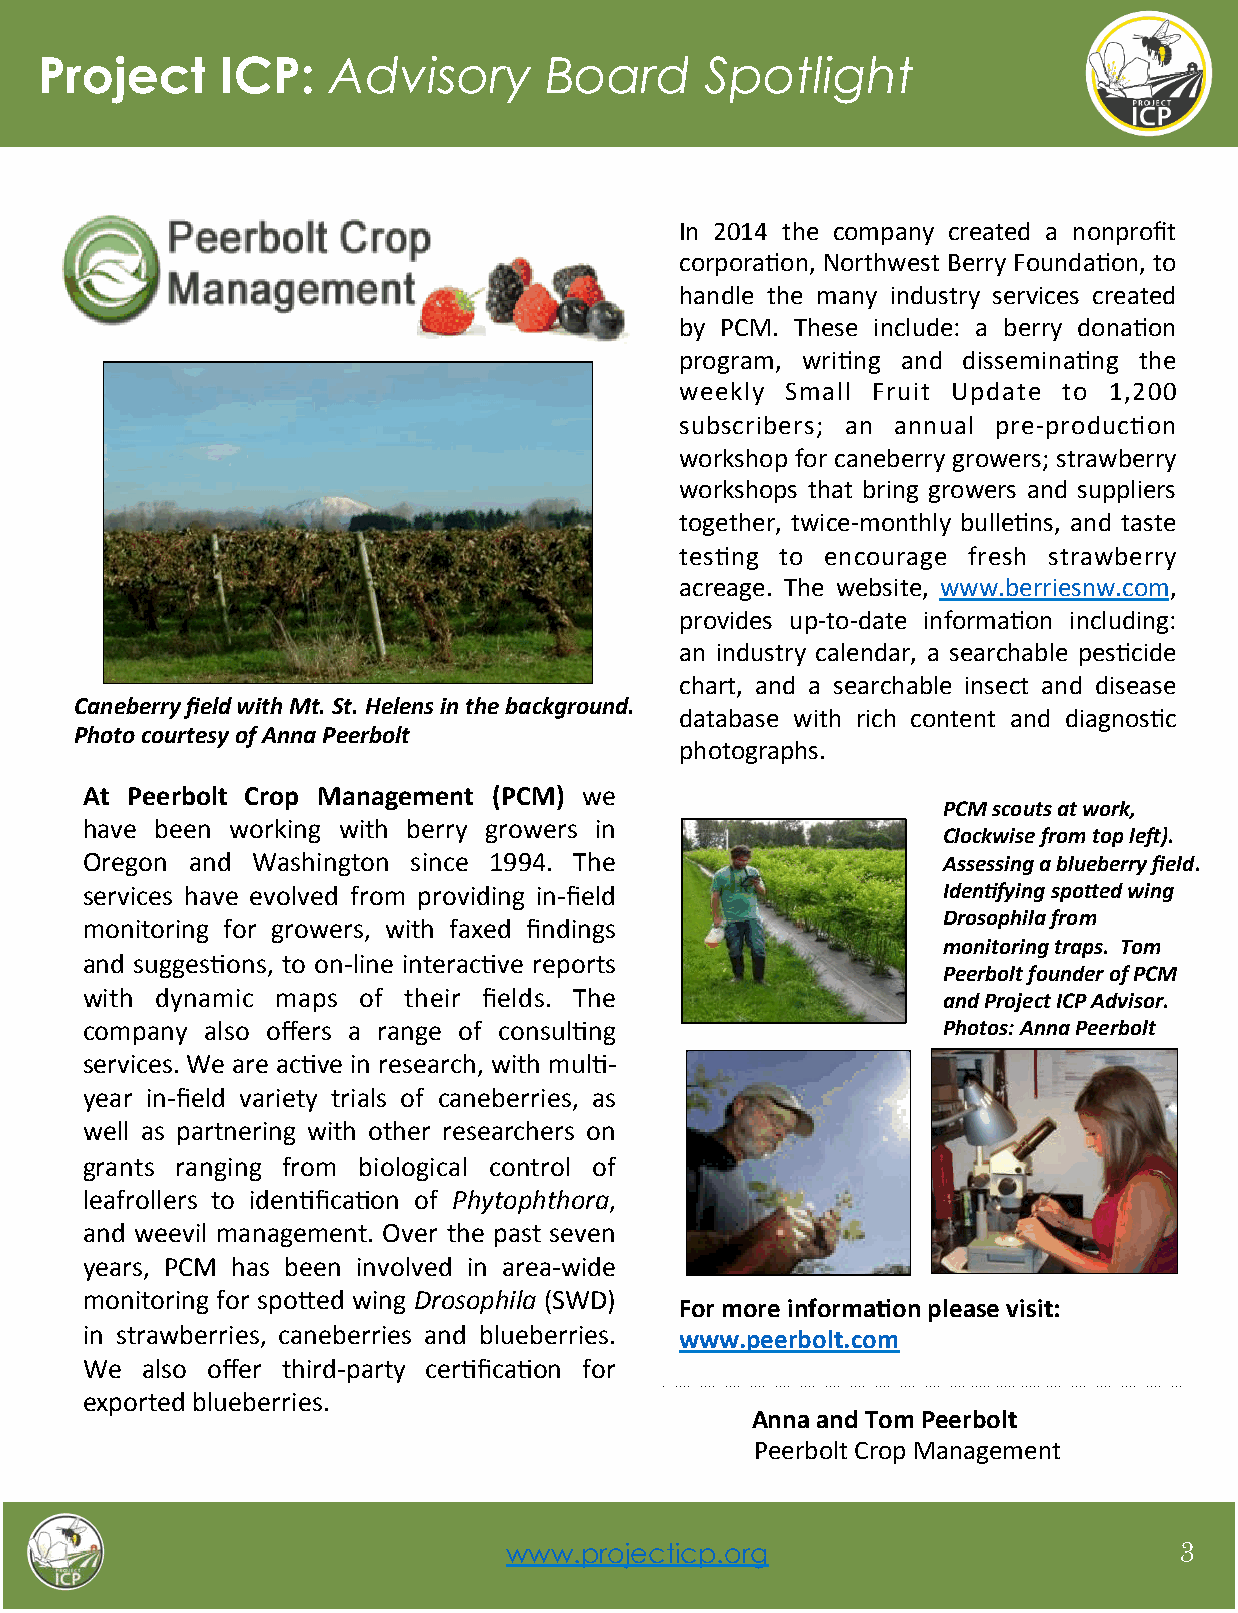
Project      ICP:   Advisory      Board      Spotlight
 In 2014 the company created a nonprofit
 corpora>on, Northwest Berry Founda>on, to
 handle the many industry services created
 by PCM. These include: a berry dona>on
 program, wri>ng and dissemina>ng the
 weekly Small Fruit Update to 1,200
 subscribers; an annual pre-­‐produc>on
 workshop for caneberry growers; strawberry
 workshops that bring growers and suppliers
 together, twice-­‐monthly bulle>ns, and taste
 tes>ng to encourage fresh strawberry
 acreage. The website, www.berriesnw.com,
 provides up-­‐to-­‐date informa>on including:
 an industry calendar, a searchable pes>cide
 chart, and a searchable insect and disease
 Caneberry field with Mt. St. Helens in the background.
 database with rich content and diagnos>c
 Photo courtesy of Anna Peerbolt
 photographs.
 At Peerbolt Crop Management (PCM) we
 PCM scouts at work,
 have been working with berry growers in
 Clockwise from top le5).
 Oregon and  Washington since 1994. The                   Assessing a blueberry field.
 services have evolved from providing in-­‐field          Iden@fying spoAed wing
 Drosophila from
 monitoring for growers, with faxed findings
 monitoring traps. Tom
 and sugges>ons, to on-­‐line interac>ve reports
 Peerbolt founder of PCM
 with dynamic maps  of their fields. The                  and Project ICP Advisor.
 company also offers a range of consul>ng                 Photos: Anna Peerbolt
 services. We are ac>ve in research, with mul>-­‐
 year in-­‐field variety trials of caneberries, as
 well as partnering with other researchers on
 grants ranging from biological control of
 leafrollers to iden>fica>on of Phytophthora,
 and weevil management. Over the past seven
 years, PCM has been involved in area-­‐wide
 monitoring for spoHed wing Drosophila (SWD)
 For more informa;on please visit:
 in strawberries, caneberries and blueberries. www.peerbolt.com
 We  also offer third-­‐party cer>fica>on for
 exported blueberries.
 Anna and Tom Peerbolt
 Peerbolt Crop Management
 www.projecticp.org                          3